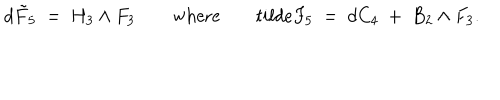
d \tilde { F } _ { 5 } ~ = ~ H _ { 3 } \wedge F _ { 3 } \mathrm { w h e r e } \ \ \ \, t i l d e { F } _ { 5 } ~ = ~ d C _ { 4 } ~ + ~ B _ { 2 } \wedge F _ { 3 } .